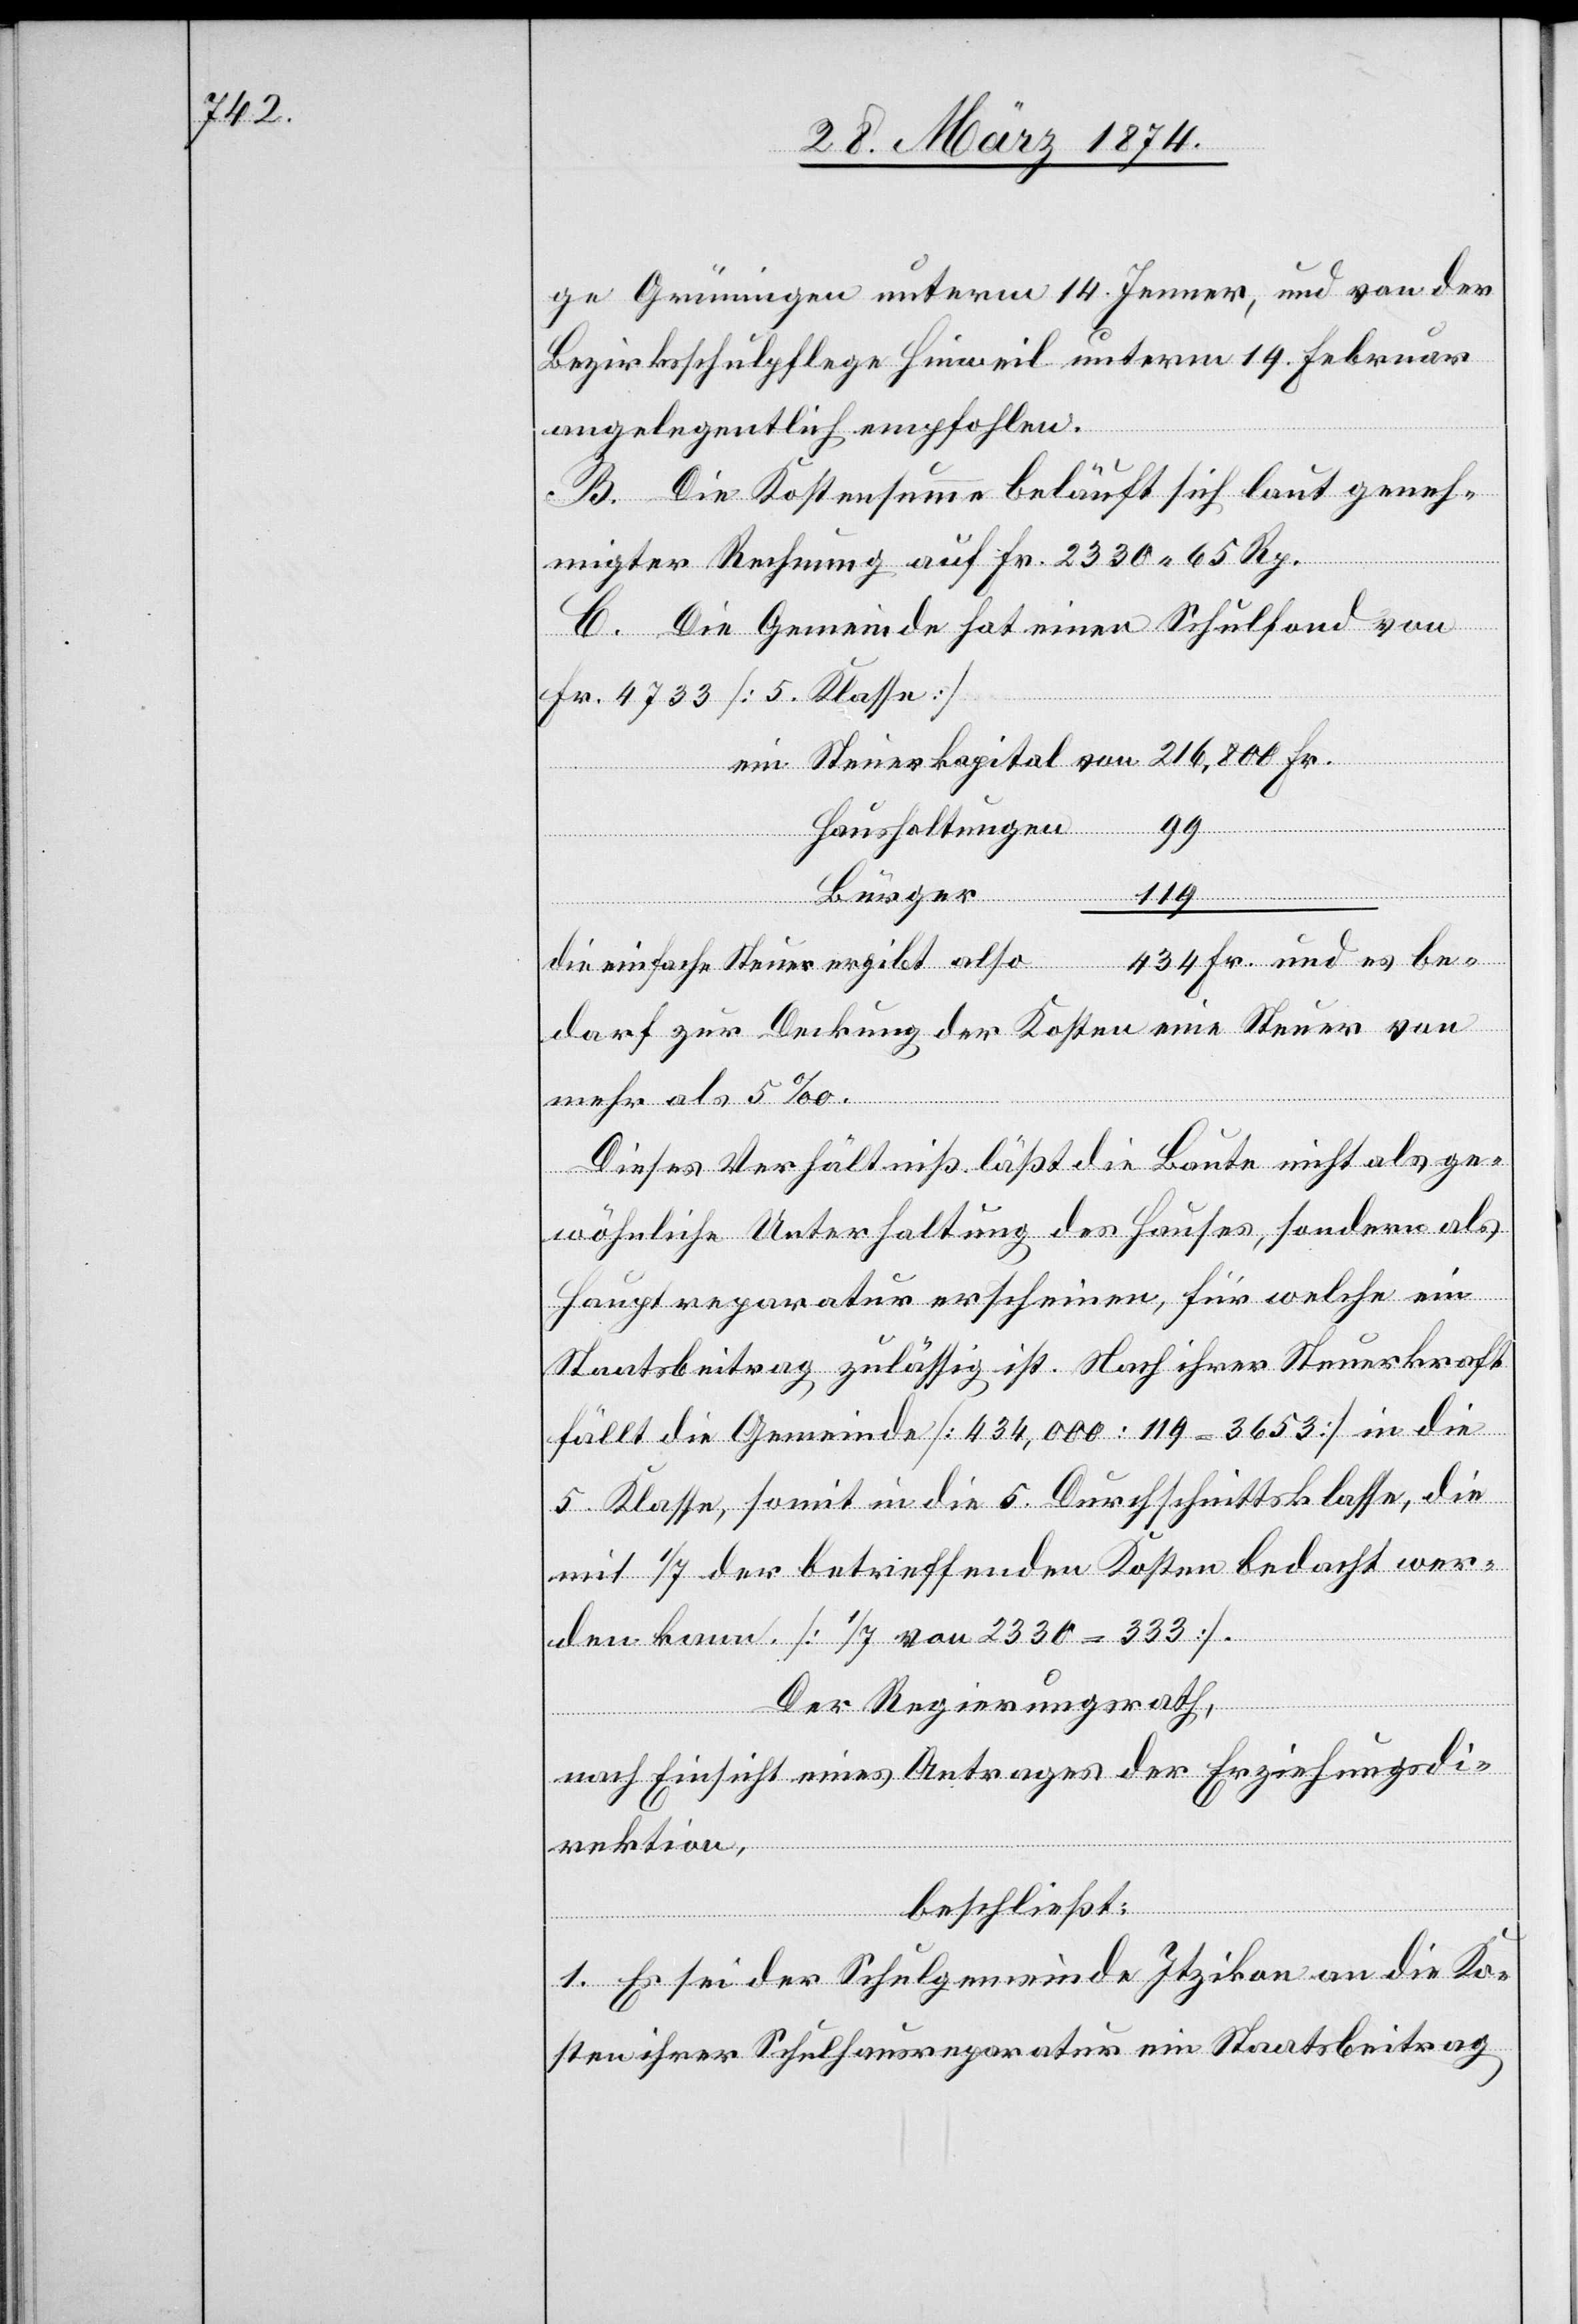
ge Grüningen unterm 14. Jenner, und von der
Bezirksschulpflege Hinweil unterm 19. Februar
angelegentlich empfohlen.
B. Die Kostensumme beläuft sich laut geneh¬
migter Rechnung auf Fr. 2330.65 Rp.
C. Die Gemeinde hat einen Schulfond von
Fr. 4733. [5. Klasse]
ein Steuerkapital von 216,800 Fr.
Haushaltungen
434 Fr. und es be¬
die einfache Steuer ergibt also
darf zur Deckung der Kosten eine Steuer von
mehr als 5‰.
Dieses Verhältniß lässt die Baute nicht als ge¬
wöhnliche Unterhaltung des Hauses, sondern als
Hauptreparatur erscheinen, für welche ein
Staatsbeitrag zulässig ist. Nach ihrer Steuerkraft
fällt die Gemeinde [434,000 : 119 = 3653] in die
5. Klasse, somit in die 5. Durchschnittsklasse, die
mit 1/7 der betreffenden Kosten bedacht wer¬
den kann. [1/7 von 2330 = 333].
Der Regierungsrath,
nach Einsicht eines Antrages der Erziehungsdi¬
rektion,
beschließt:
1. Es sei der Schulgemeinde Itzikon an die Ko¬
sten ihrer Schulhausreparatur ein Staatsbeitrag